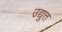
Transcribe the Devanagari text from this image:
उद्युत्त